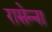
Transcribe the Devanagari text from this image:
रासेन्ना